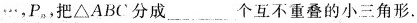
…，P_{n}，把\triangle ABC分成___个互不重叠的小三角形.